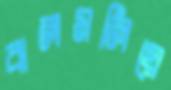
ঝলমলিয়ে